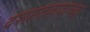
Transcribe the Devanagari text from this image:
दशहतवादाच्या